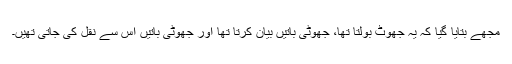
مجھے بتایا گیا کہ یہ جھوٹ بولتا تھا، جھوٹی باتیں بیان کرتا تھا اور جھوٹی باتیں اس سے نقل کی جاتی تھیں۔